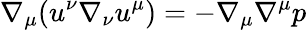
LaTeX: \nabla_{\mu}(u^{\nu}\nabla_{\nu}u^{\mu})=-\nabla_{\mu}\nabla^{\mu}p